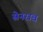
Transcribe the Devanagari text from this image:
सेनराब